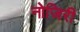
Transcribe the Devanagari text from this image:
नोजिरी